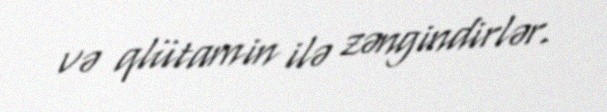
və qlütamin ilə zəngindirlər.